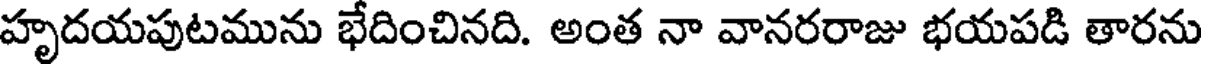
హృదయపుటమును భేదించినది. అంత నా వానరరాజు భయపడి తారను